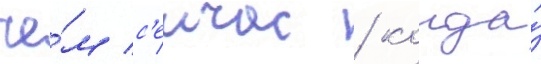
че́м с'еичас / когда́